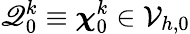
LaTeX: \mathscr{Q}_{0}^{k}\equiv\boldsymbol{\chi}_{0}^{k}\in\mathcal{{V}}_{h,0}